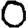
Digit: 0